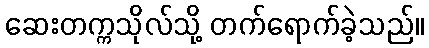
ဆေးတက္ကသိုလ်သို့ တက်ရောက်ခဲ့သည်။